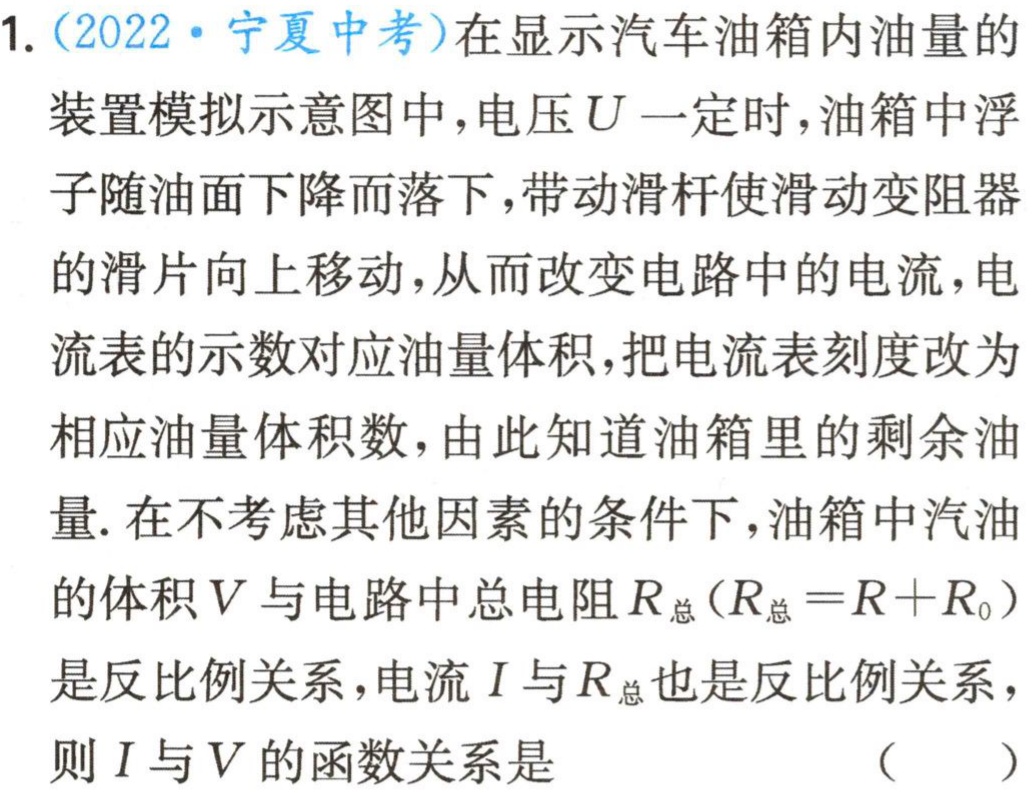
1. (2022·宁夏中考)在显示汽车油箱内油量的

装置模拟示意图中,电压\(U\)一定时,油箱中浮

子随油面下降而落下,带动滑杆使滑动变阻器

的滑片向上移动,从而改变电路中的电流,电

流表的示数对应油量体积,把电流表刻度改为

相应油量体积数,由此知道油箱里的剩余油

量. 在不考虑其他因素的条件下,油箱中汽油

的体积\(V\)与电路中总电阻\(R_{总}(R_{总}=R + R_{0})\)

是反比例关系,电流\(I\)与\(R_{总}\)也是反比例关系,

则\(I\)与\(V\)的函数关系是 （  ）